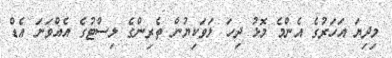
މިދިޔަ އަހަރުގެ އެންމެ މޮޅު ދިހަ ލަވަކިޔުން ތެރިންގެ ލިސްޓުގެ އެއްވަނަ އެޑް